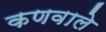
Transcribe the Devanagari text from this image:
कणवाले